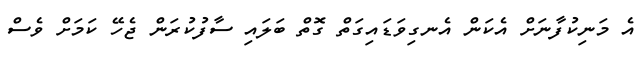
އެ މަނިކުފާނަށް އެކަން އެނގިވަޑައިގަތް ގޮތް ބަލައި ސާފުކުރަން ޖެހޭ ކަމަށް ވެސް